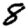
Digit: 8